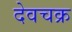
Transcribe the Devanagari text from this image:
देवचक्र